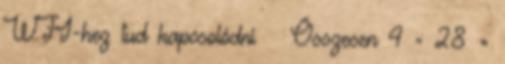
WFI-hez tud kapcsolódni ● Összesen 4 × 28 =